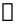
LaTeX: \boldsymbol\uptau